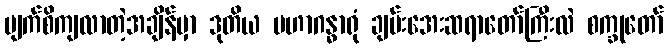
မျက်စိကျလာတဲ့အချိန်မှာ ဒုတိယ မဟာဂန္ဓာရုံ ချမ်းအေးဆရာတော်ကြီးလဲ စက္ခုတော်